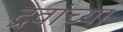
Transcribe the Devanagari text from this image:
द्रवांच्या